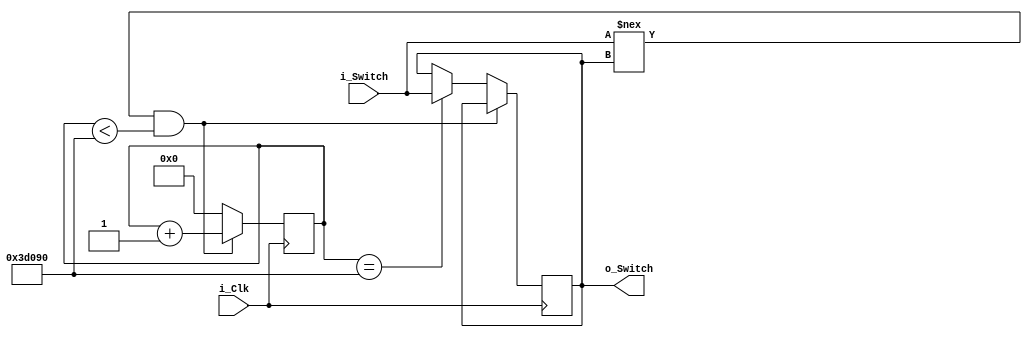
module Debounce_Switch
	(input i_Clk,
	input i_Switch,
	output o_Switch);
	
	parameter c_DEBOUNCE_LIMIT = 250000;// 10 ms at 25 MHz
	
	reg r_State = 1'b0;
	reg[17:0] r_Count = 0;
	
	always @(posedge i_Clk)
		begin
			
			if (i_Switch !== r_State && r_Count < c_DEBOUNCE_LIMIT)
				r_Count <= r_Count+1;
			else if (r_Count == c_DEBOUNCE_LIMIT)
				begin
				r_Count <= 0;
				r_State <= i_Switch;
				
				
				end
			else
			r_Count <= 0;
		
		end
		
assign o_Switch = r_State;

endmodule